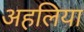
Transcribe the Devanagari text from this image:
अहलिया